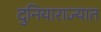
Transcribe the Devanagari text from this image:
दुनियाराज्यात